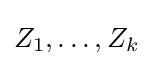
Z_{1},\ldots ,Z_{k}